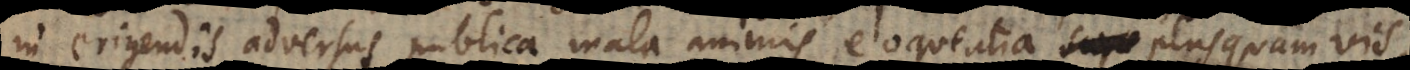
in erigendis adversus publica mala animis eloquentia plus quam vis,